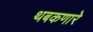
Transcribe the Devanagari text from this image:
थबकणारे